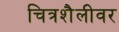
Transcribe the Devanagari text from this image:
चित्रशैलीवर